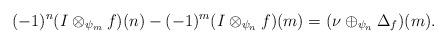
LaTeX: \begin{align*} (-1)^n(I\otimes_{\psi_m} f)(n)-(-1)^m(I\otimes_{\psi_n} f)(m)=(\nu\oplus_{\psi_n}\Delta_f)(m).\end{align*}